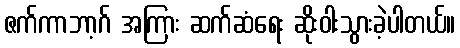
ဇက်ကာဘာ့ဂ် အကြား ဆက်ဆံရေး ဆိုးဝါးသွားခဲ့ပါတယ်။